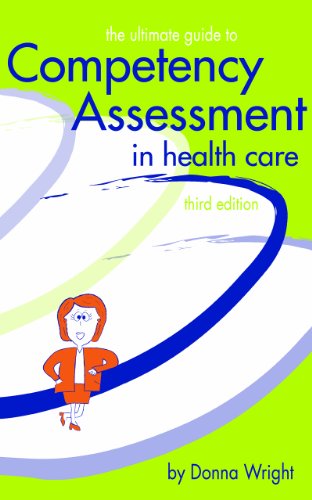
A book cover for The Ultimate Guide to Competency Assessment in Health Care, Third Edition (Wright, Ultimate Guide to Competency Assessment in Health Care); Donna Wright; Medical Books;